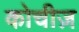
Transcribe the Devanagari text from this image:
कोचीज़